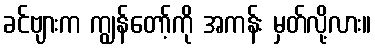
ခင်ဗျားက ကျွန်တော့်ကို အကန်း မှတ်လို့လား။